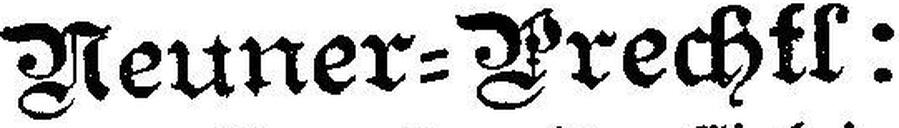
Neuner=Prechtl: